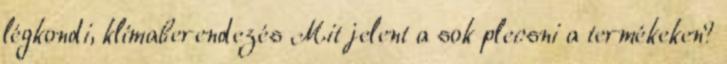
légkondi, klímaberendezés Mit jelent a sok plecsni a termékeken?